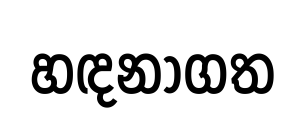
හඳනාගත